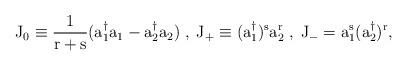
LaTeX: \begin{align*}\rm J_0 \equiv \frac{1}{r+s} (a_1^{\dagger} a_1-a_2^{\dagger} a_2)\; ,\; \rm J_+ \equiv (a_1^{\dagger})^s a_2^r \; , \; \rm J_- = a_1^s(a_2^{\dagger})^r,\end{align*}